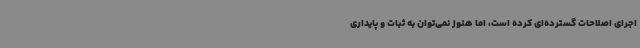
اجرای اصلاحات گسترده‌ای کرده است، اما هنوز نمی‌توان به ثبات و پایداری